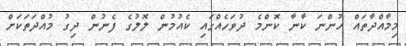
މިމާއްދާތައް ހުންނަ ކާނާ ކޮންމެ ދުވަހެއްގައި ކެއުމުން ލޮލުގެ ފެނުން ދިގު މުއްދަތަކަށް